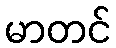
မာတင်